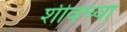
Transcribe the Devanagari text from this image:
शीवच्या